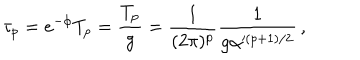
LaTeX: \tau _ { p } = e ^ { - \phi } T _ { p } = \frac { T _ { p } } { g } = \frac { 1 } { ( 2 \pi ) ^ { p } } \frac { 1 } { g \alpha ^ { ( p + 1 ) / 2 } } \, ,